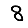
Digit: 8